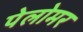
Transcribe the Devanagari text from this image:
पेलोमर